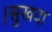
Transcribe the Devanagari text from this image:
।सुखदा